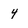
Character: 4